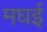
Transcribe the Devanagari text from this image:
मघई